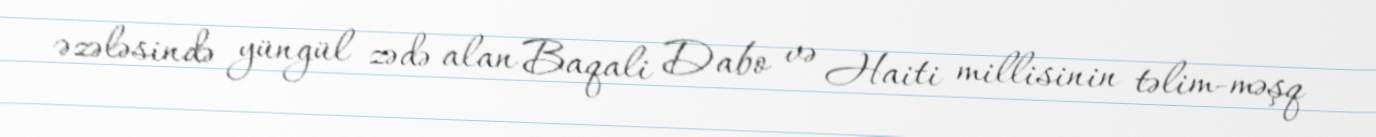
əzələsində yüngül zədə alan Baqali Dabo və Haiti millisinin təlim-məşq